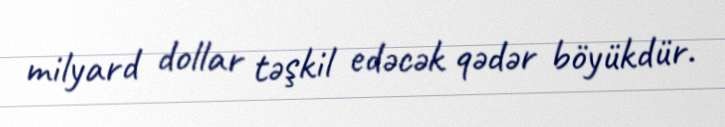
milyard dollar təşkil edəcək qədər böyükdür.